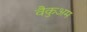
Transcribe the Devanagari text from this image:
वैकुअम